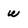
Character: w